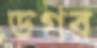
ডগর